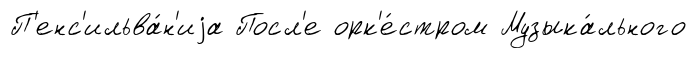
П'енс'ильва́н'иjа Посл'е орк'е́стром Музыка́льного